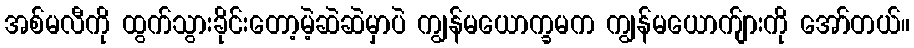
အစ်မလီကို ထွက်သွားခိုင်းတော့မဲ့ဆဲဆဲမှာပဲ ကျွန်မယောက္ခမက ကျွန်မယောက်ျားကို အော်တယ်။